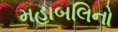
મહાબલિનો